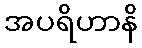
အပရိဟာနိ